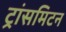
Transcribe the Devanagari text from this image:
ट्रांसमिटन